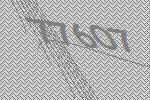
77607